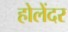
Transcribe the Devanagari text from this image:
होलेंदर